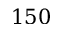
1 5 0